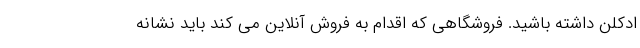
ادکلن داشته باشید. فروشگاهی که اقدام به فروش آنلاین می کند باید نشانه